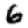
Digit: 6